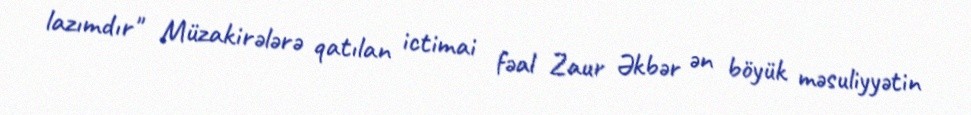
lazımdır" Müzakirələrə qatılan ictimai fəal Zaur Əkbər ən böyük məsuliyyətin